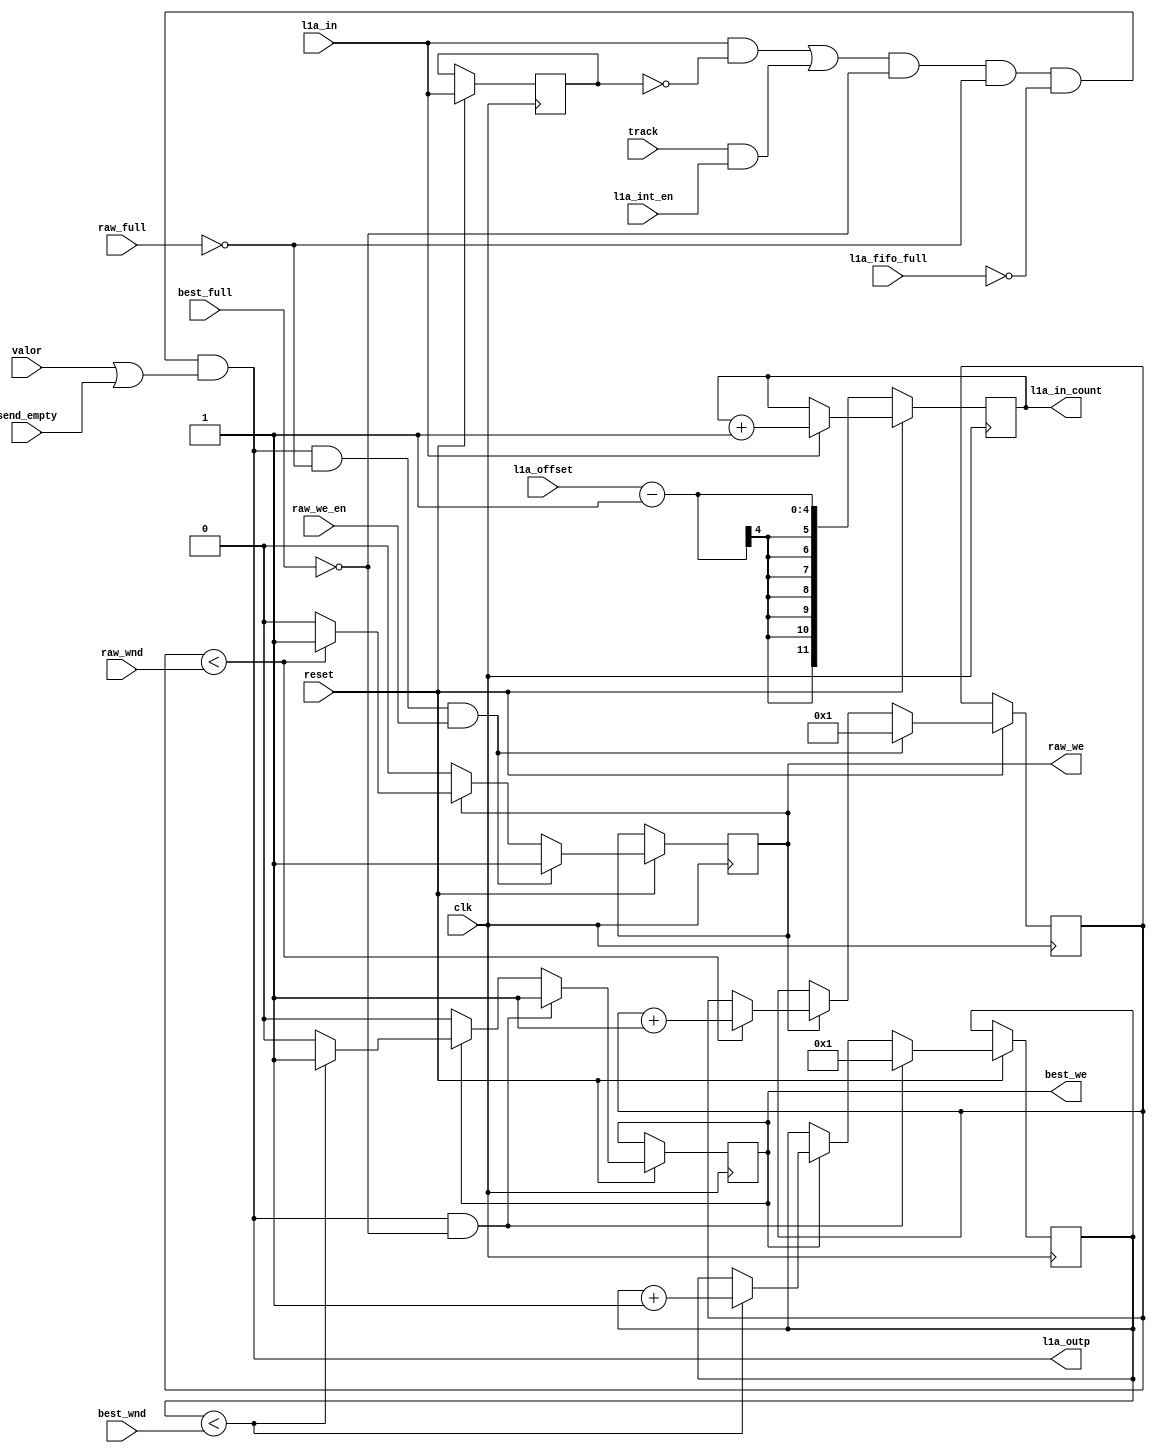
// This  Verilog HDL  source  file was  automatically generated
// by C++ model based on VPP library. Modification of this file
// is possible, but if you want to keep it in sync with the C++
// model,  please  modify  the model and re-generate this file.
// VPP library web-page: http://www.phys.ufl.edu/~madorsky/vpp/

// Timestamp : Mon Sep 10 09:01:41 2012

module l1a_maker_
(
    l1a_in,
    valor,
    track,
    l1a_outp,
    best_wnd,
    raw_wnd,
    l1a_fifo_full,
    best_full,
    raw_full,
    raw_we_en,
    best_we,
    raw_we,
    l1a_int_en,
    l1a_in_count,
    l1a_offset,
    send_empty,
    reset,
    clk
);

    input l1a_in;
    input valor;
    input track;
    output l1a_outp;
    input [3:0] best_wnd;
    input [4:0] raw_wnd;
    input l1a_fifo_full;
    input best_full;
    input raw_full;
    input raw_we_en;
    output best_we;
    reg    best_we;
    output raw_we;
    reg    raw_we;
    input l1a_int_en;
    output [11:0] l1a_in_count;
    reg    [11:0] l1a_in_count;
    input [3:0] l1a_offset;
    input send_empty;
    input reset;
    input clk;

    reg l1ar;
    reg [3:0] best_cnt;
    reg [4:0] raw_cnt;
    wire l1a_out;
    assign l1a_out = l1a_in && (!l1ar);
    assign l1a_outp = ((((l1a_out || (track && l1a_int_en)) && (!best_full)) && (!raw_full)) && (!l1a_fifo_full)) && (valor || send_empty);
    always @(posedge clk) 
    begin
        if (!reset) 
        begin
            l1a_in_count = l1a_offset;
            l1a_in_count = l1a_in_count - 12'd1;
        end
        else 
        begin
            l1ar = l1a_in;
            if (best_we) 
            begin
                if (best_cnt < best_wnd) best_cnt = best_cnt + 1;
                else best_we = 0;
            end
            if (raw_we) 
            begin
                if (raw_cnt < raw_wnd) raw_cnt = raw_cnt + 1;
                else raw_we = 0;
            end
            if (l1a_outp && (!best_full)) 
            begin
                best_we = 1;
                best_cnt = 1;
            end
            if ((l1a_outp && (!raw_full)) && raw_we_en) 
            begin
                raw_we = 1;
                raw_cnt = 1;
            end
            if (l1a_in) l1a_in_count = l1a_in_count + 12'd1;
        end
    end
endmodule